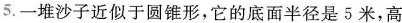
5.一堆沙子近似于圆锥形，它的底面半径是5米，高